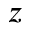
z